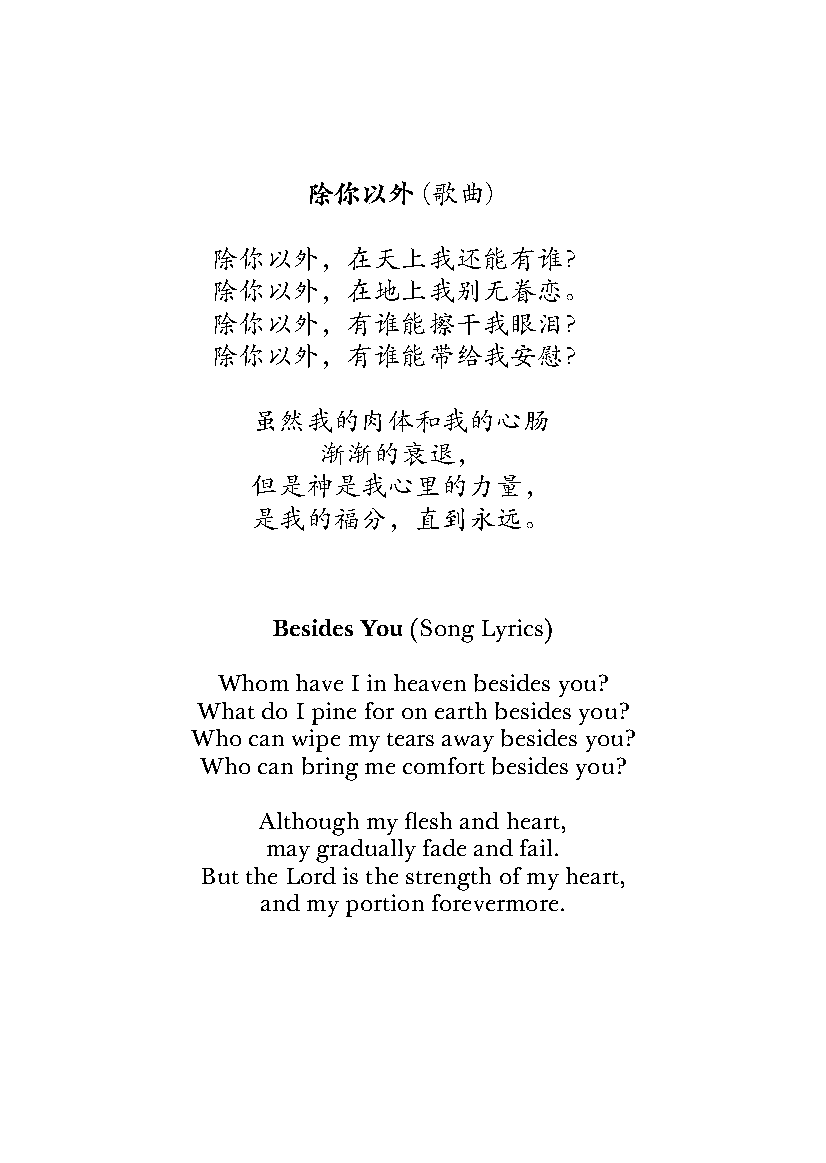
除你以外    (歌曲)
 除你以外，在天上我还能有谁？
 除你以外，在地上我别无眷恋。
 除你以外，有谁能擦干我眼泪？
 除你以外，有谁能带给我安慰？
 虽然我的肉体和我的心肠
 渐渐的衰退，
 但是神是我心里的力量，
 是我的福分，直到永远。
 Besides You (Song Lyrics)
 Whom  have I in heaven besides you?
 What do I pine for on earth besides you?
 Who can wipe my tears away besides you?
 Who can bring me comfort besides you?
 Although my flesh and heart,
 may gradually fade and fail.
 But the Lord is the strength of my heart,
 and my portion forevermore.